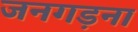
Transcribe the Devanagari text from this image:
जनगड़ना